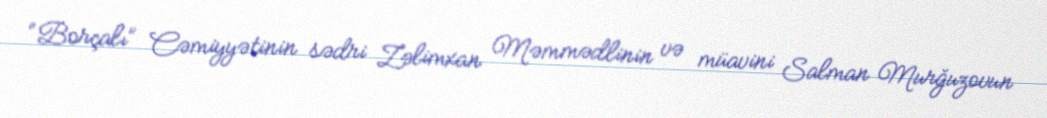
“Borçalı” Cəmiyyətinin sədri Zəlimxan Məmmədlinin və müavini Salman Murğuzovun